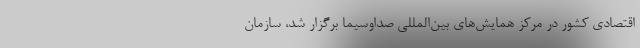
اقتصادی کشور در مرکز همایش‌های بین‌المللی صداوسیما برگزار شد، سازمان